Medical and sanitary report of the native army of Madras for the year
Year: 1875
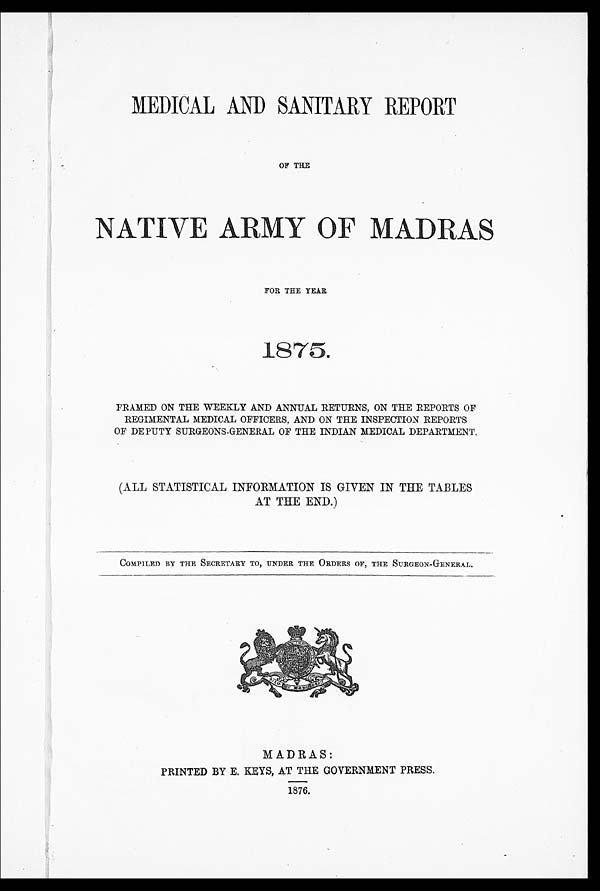
MEDICAL AND SANITARY REPORT
OF THE
NATIVE ARMY OF MADRAS
FOR THE YEAR
1875.
FRAMED ON THE WEEKLY AND ANNUAL RETURNS, ON THE REPORTS OF
REGIMENTAL MEDICAL OFFICERS, AND ON THE INSPECTION REPORTS
OF DEPUTY SURGEONS-GENERAL OF THE INDIAN MEDICAL DEPARTMENT.
(ALL STATISTICAL INFORMATION IS GIVEN IN THE TABLES
AT THE END.)
COMPILED BY THE SECRETARY TO, UNDER THE ORDERS OF, THE SURGEON-GENERAL.
MADRAS:
PRINTED BY E. KEYS, AT THE GOVERNMENT PRESS.
1876.